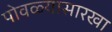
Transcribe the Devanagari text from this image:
पोवळ्यासारखा